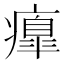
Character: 𤺃